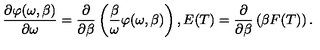
\frac { \partial \varphi ( \omega , \beta ) } { \partial \omega } = \frac { \partial } { \partial \beta } \left( \frac { \beta } { \omega } \varphi ( \omega , \beta ) \right) , E ( T ) = \frac { \partial } { \partial \beta } \left( \beta F ( T ) \right) .